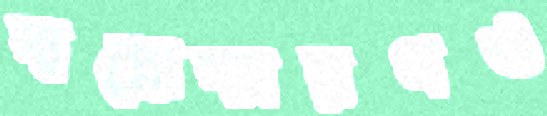
স্বপ্নোচ্চারণও